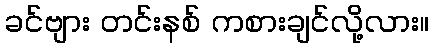
ခင်ဗျား တင်းနစ် ကစားချင်လို့လား။